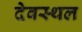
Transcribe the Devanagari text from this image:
देवस्थल